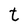
Character: t